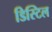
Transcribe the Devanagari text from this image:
डिस्टिल